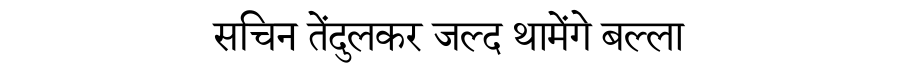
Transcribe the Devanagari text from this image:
सचिन तेंदुलकर जल्द थामेंगे बल्ला